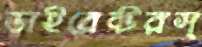
ডাইরেক্টরস্